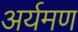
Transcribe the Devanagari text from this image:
अर्यमण